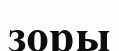
зоры